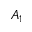
A _ { 1 }